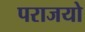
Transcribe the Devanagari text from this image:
पराजयो